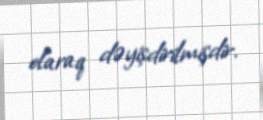
olaraq dəyişdirilmişdir.